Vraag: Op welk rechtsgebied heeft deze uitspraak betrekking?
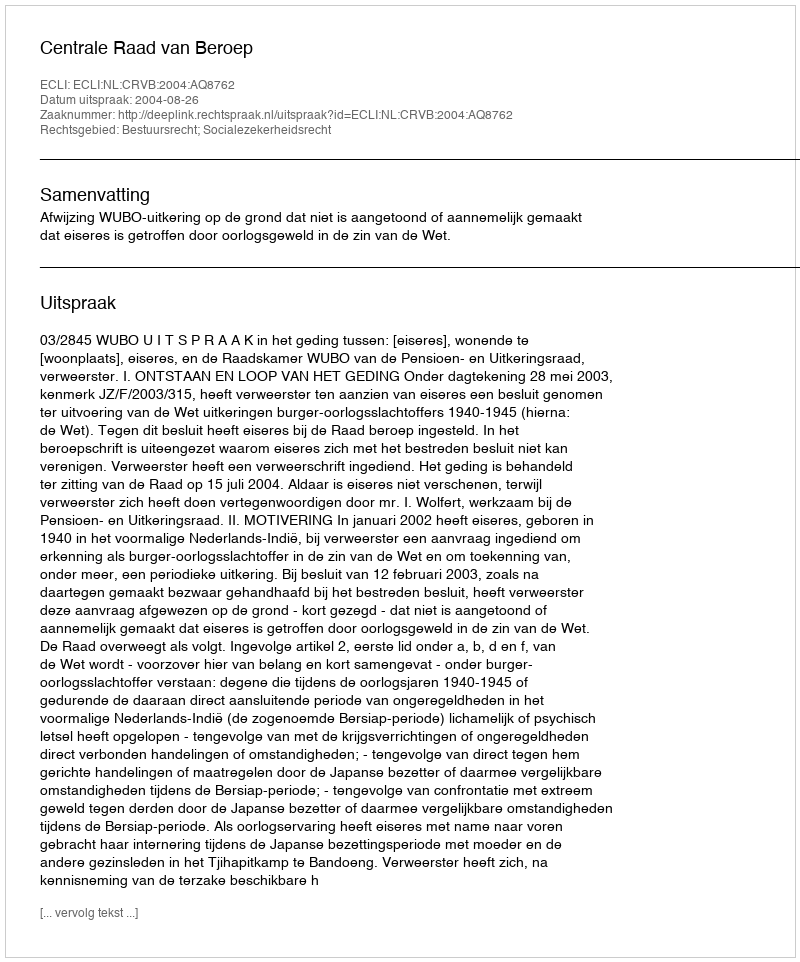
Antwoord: Bestuursrecht; Socialezekerheidsrecht